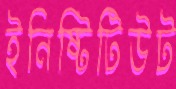
ইনিষ্টিটিউট